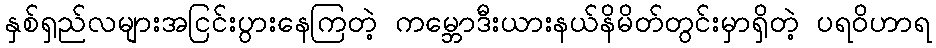
နှစ်ရှည်လများအငြင်းပွားနေကြတဲ့ ကမ္ဘောဒီးယားနယ်နိမိတ်တွင်းမှာရှိတဲ့ ပရဝိဟာရ